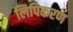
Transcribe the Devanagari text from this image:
लिपिकरण